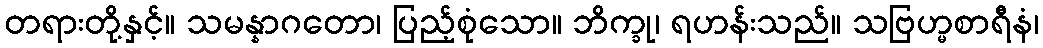
တရားတို့နှင့်။ သမန္နာဂတော၊ ပြည့်စုံသော။ ဘိက္ခု၊ ရဟန်းသည်။ သဗြဟ္မစာရီနံ၊